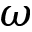
\omega